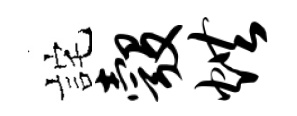
詫彀烘